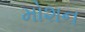
મોશન